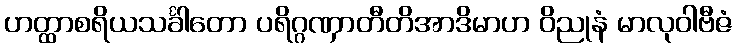
ဟတ္ထာစရိယသင်္ခါတော ပရိဂ္ဂဏှာတီတိအာဒိမာဟ ဝိညုနံ မာလုဝါဗီဇံ